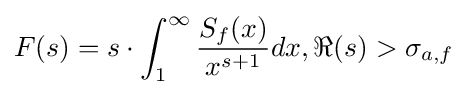
F(s)=s\cdot \int _{1}^{\infty }{\frac {S_{f}(x)}{x^{s+1}}}dx,\Re (s)>\sigma _{a,f}